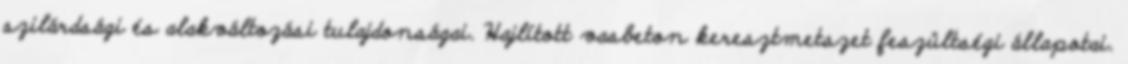
szilárdsági és alakváltozási tulajdonságai. Hajlított vasbeton keresztmetszet feszültségi állapotai.